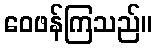
ဝေဖန်ကြသည်။